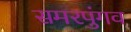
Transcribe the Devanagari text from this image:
समरपुंगव